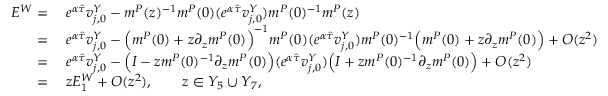
\begin{array} { r l } { E ^ { W } = } & { \; e ^ { \alpha \hat { \tau } } v _ { j , 0 } ^ { Y } - m ^ { P } ( z ) ^ { - 1 } m ^ { P } ( 0 ) ( e ^ { \alpha \hat { \tau } } v _ { j , 0 } ^ { Y } ) m ^ { P } ( 0 ) ^ { - 1 } m ^ { P } ( z ) } \\ { = } & { \; e ^ { \alpha \hat { \tau } } v _ { j , 0 } ^ { Y } - \Big ( m ^ { P } ( 0 ) + z \partial _ { z } m ^ { P } ( 0 ) \Big ) ^ { - 1 } m ^ { P } ( 0 ) ( e ^ { \alpha \hat { \tau } } v _ { j , 0 } ^ { Y } ) m ^ { P } ( 0 ) ^ { - 1 } \Big ( m ^ { P } ( 0 ) + z \partial _ { z } m ^ { P } ( 0 ) \Big ) + O ( z ^ { 2 } ) } \\ { = } & { \; e ^ { \alpha \hat { \tau } } v _ { j , 0 } ^ { Y } - \Big ( I - z m ^ { P } ( 0 ) ^ { - 1 } \partial _ { z } m ^ { P } ( 0 ) \Big ) ( e ^ { \alpha \hat { \tau } } v _ { j , 0 } ^ { Y } ) \Big ( I + z m ^ { P } ( 0 ) ^ { - 1 } \partial _ { z } m ^ { P } ( 0 ) \Big ) + O ( z ^ { 2 } ) } \\ { = } & { \; z E _ { 1 } ^ { W } + O ( z ^ { 2 } ) , \qquad z \in Y _ { 5 } \cup Y _ { 7 } , } \end{array}